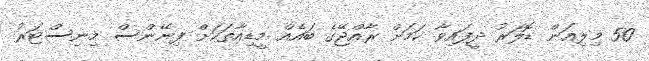
50 މިލިއަން ޑޮލަރު ދީފައިވާ ކަމަށް ރާއްޖޭގެ ބައެއް މީޑިއާތަކަށް ފިނޭންސް މިނިސްޓަރު